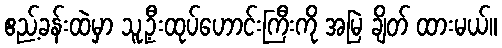
ဧည့်ခန်းထဲမှာ သူ့ဦးထုပ်ဟောင်းကြီးကို အမြဲ ချိတ် ထားမယ်။